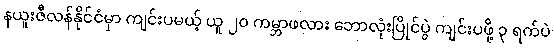
နယူးဇီလန်နိုင်ငံမှာ ကျင်းပမယ့် ယူ ၂၀ ကမ္ဘာဖလား ဘောလုံးပြိုင်ပွဲ ကျင်းပဖို့ ၃ ရက်ပဲ